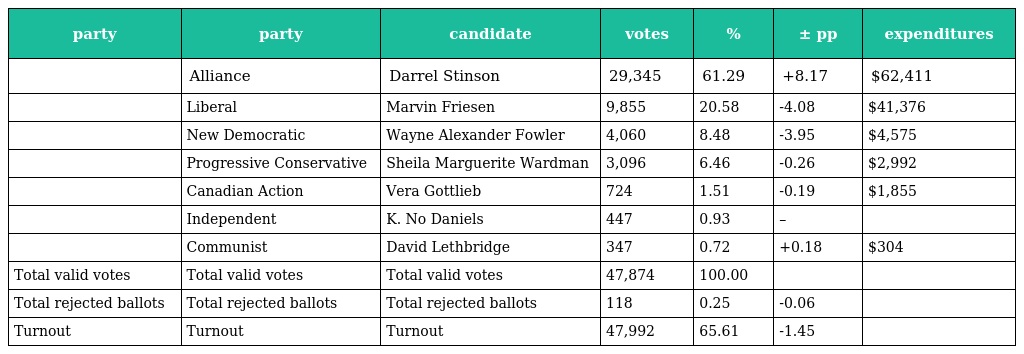
| party | party | candidate | votes | % | ± pp | expenditures |
 | --- | --- | --- | --- | --- | --- | --- |
 |  | Alliance | Darrel Stinson | 29,345 | 61.29 | +8.17 | $62,411 |
 |  | Liberal | Marvin Friesen | 9,855 | 20.58 | -4.08 | $41,376 |
 |  | New Democratic | Wayne Alexander Fowler | 4,060 | 8.48 | -3.95 | $4,575 |
 |  | Progressive Conservative | Sheila Marguerite Wardman | 3,096 | 6.46 | -0.26 | $2,992 |
 |  | Canadian Action | Vera Gottlieb | 724 | 1.51 | -0.19 | $1,855 |
 |  | Independent | K. No Daniels | 447 | 0.93 | – |  |
 |  | Communist | David Lethbridge | 347 | 0.72 | +0.18 | $304 |
 | Total valid votes | Total valid votes | Total valid votes | 47,874 | 100.00 |  |  |
 | Total rejected ballots | Total rejected ballots | Total rejected ballots | 118 | 0.25 | -0.06 |  |
 | Turnout | Turnout | Turnout | 47,992 | 65.61 | -1.45 |  |